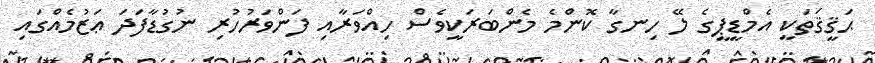
ޙަޤީޤަތަކީ އެމްޑީޕީގެ ލޭ ހިނގާ ކޮންމެ މެންބަރަކީވެސް ހިއްވަރާއި ފަންވަރުހުރި ނުގުޑާފަދަ ޢަޒުމެއްގައި